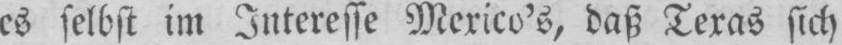
es selbst im Interesse Mexico’s, daß Texas sich